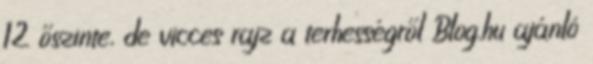
12 őszinte, de vicces rajz a terhességről Blog.hu ajánló